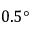
0 . 5 \textdegree